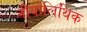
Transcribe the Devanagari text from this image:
नीयोलिथिक